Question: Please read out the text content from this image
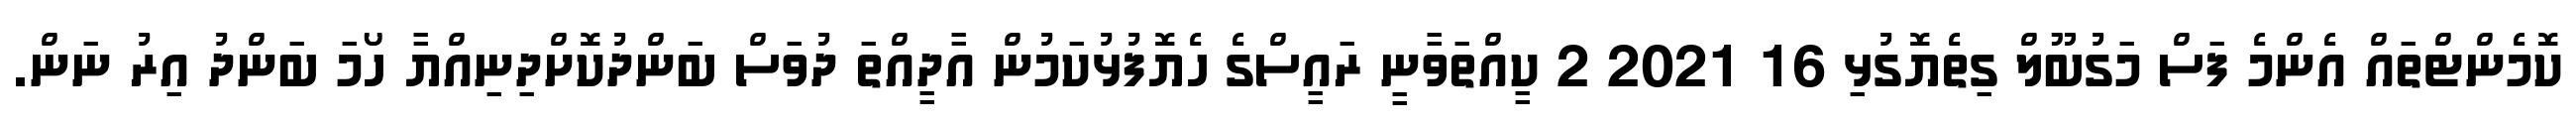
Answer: ކޮމެންޓްތައް އެންމެ ފަސް މަގުބޫލް ގިތެޔޮގުޅި 16 2021 2 ކީއްތަވާނީ ރައީސްގެ ހެޔޮފުޅުކަމުން އާދީއްތަ ދުވަސް ބަންދުކޮށްދިނިއްޔާ ހޯމަ ބަންދު އިރު ނަން.